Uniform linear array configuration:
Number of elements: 16
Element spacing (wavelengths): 0.75
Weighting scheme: exponential
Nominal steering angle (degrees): -60
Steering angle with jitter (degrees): -60.105
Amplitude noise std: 0.05
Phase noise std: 0.05

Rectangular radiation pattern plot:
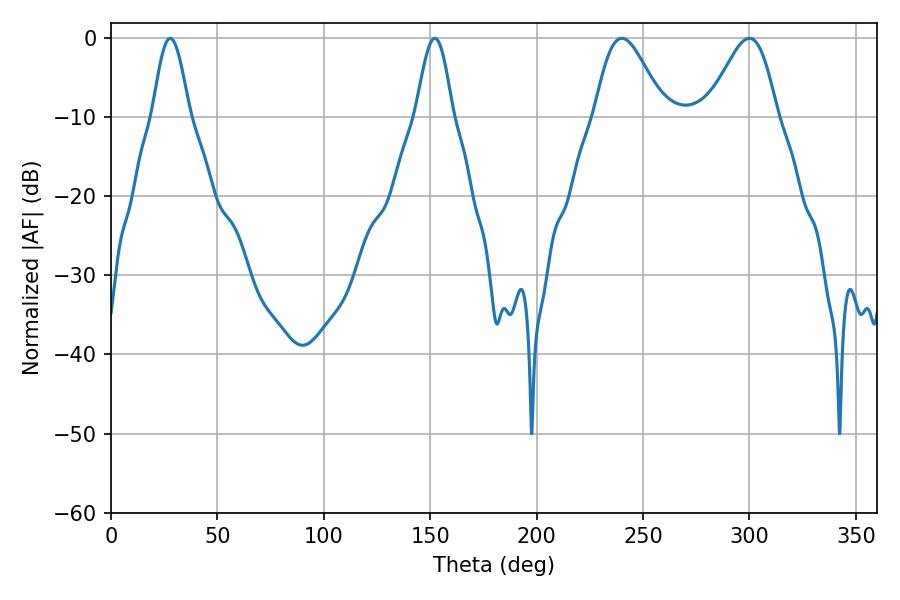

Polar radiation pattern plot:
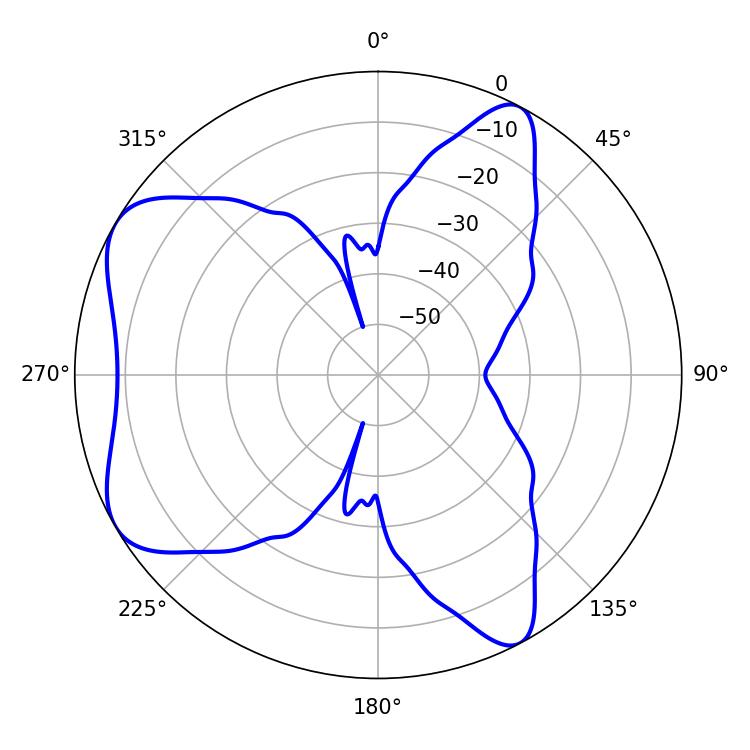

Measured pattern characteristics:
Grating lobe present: TRUE
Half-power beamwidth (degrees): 17.1
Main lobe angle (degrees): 240.12